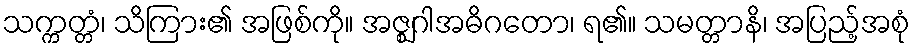
သက္ကတ္တံ၊ သိကြား၏ အဖြစ်ကို။ အဇ္ဈဂါအဓိဂတော၊ ရ၏။ သမတ္တာနိ၊ အပြည့်အစုံ